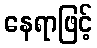
နေရာဖြင့်